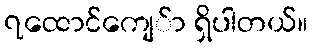
၇ထောင်ကျေ်ာ ရှိပါတယ်။